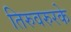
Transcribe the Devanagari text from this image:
तिरुवरुरके